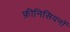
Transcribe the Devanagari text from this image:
फ़ीनिसियनों